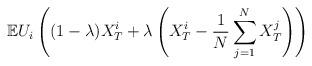
LaTeX: \begin{align*}\mathbb{E}U_i\left((1-\lambda)X^{i}_{T}+\lambda\left(X^{i}_{T}-\frac{1}{N}\sum_{j=1}^{N}X^{j}_{T}\right)\right)\end{align*}